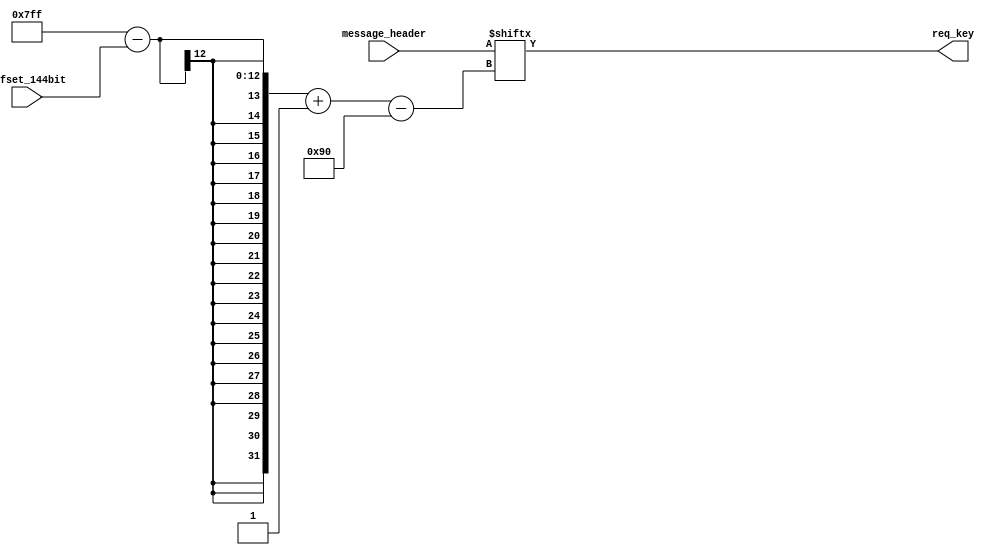
`timescale 1ns / 1ps
//////////////////////////////////////////////////////////////////////////////////
// Company: 
// Engineer: 
// 
// Design Name: 
// Module Name: action_extraction
// Project Name: 
// Target Devices: 
// Tool Versions: 
// Description: 
// 
// Dependencies: 
// 
// Revision:
// Revision 0.01 - File Created
// Additional Comments:
// 
//////////////////////////////////////////////////////////////////////////////////


module action_extraction
#(
    parameter NUM_8bit      =   1   ,
    parameter NUM_16bit     =   1   ,
    parameter NUM_32bit     =   1   ,
    parameter NUM_64bit     =   1   ,
    parameter NUM_128bit    =   1   ,
    parameter req_key_len   =   144
)
(
input   [2048-1:0]                  message_header  ,
input   [NUM_128bit*12-1:0]         offset_144bit   , 
output  [req_key_len-1:0]           req_key      
    );


wire    [NUM_128bit*144-1:0]        out_144bit      ;







assign out_144bit[0 +: 144] = message_header[2047-offset_144bit[0*12 +: 12] -: 144];
                                    




assign req_key =   out_144bit;

endmodule